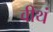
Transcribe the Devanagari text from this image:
वीथं